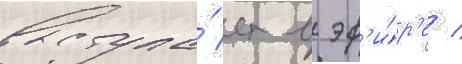
выступа́ет в эф'и́р'е /